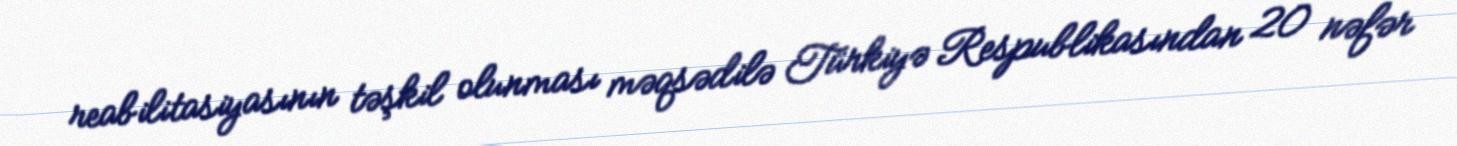
reabilitasiyasının təşkil olunması məqsədilə Türkiyə Respublikasından 20 nəfər